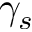
\gamma _ { s }